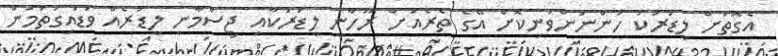
އެގޮތަށް ލީޑަރަކު ހުންނަންވަނިކޮށް އޭގެ ތެރެއަށް ރޫހާނީ ލީޑަރަކާއި ޖިސްމާނީ ލީޑަރެއް ވަޑައިގަތުމުން